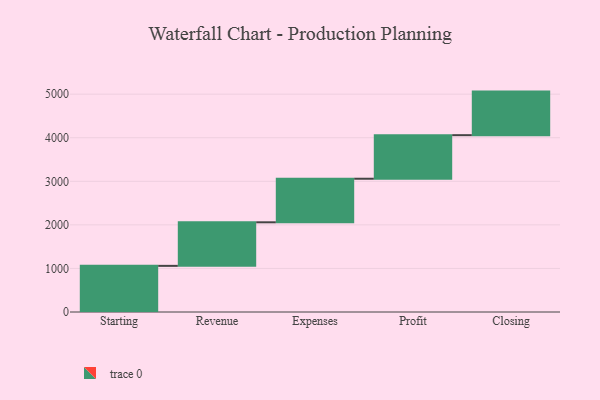
{"axis": {"x": "Step", "y": "Value"}, "legend": [""], "data": [{"x": "Starting", "y": 1059.0, "type": ""}, {"x": "Revenue", "y": 1000, "type": ""}, {"x": "Expenses", "y": 1000, "type": ""}, {"x": "Profit", "y": 1000, "type": ""}, {"x": "Closing", "y": 1000, "type": ""}]}